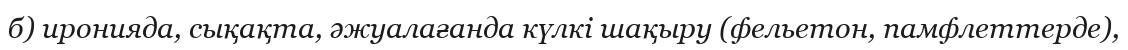
б) иронияда, сықақта, әжуалағанда күлкі шақыру (фельетон, памфлеттерде),